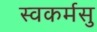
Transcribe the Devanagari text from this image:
स्वकर्मसु